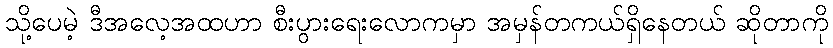
သို့ပေမဲ့ ဒီအလေ့အထဟာ စီးပွားရေးလောကမှာ အမှန်တကယ်ရှိနေတယ် ဆိုတာကို